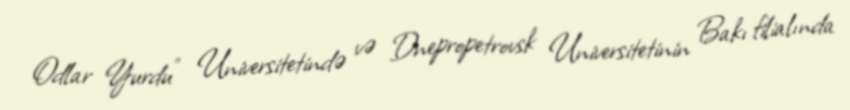
Odlar Yurdu" Universitetində və Dnepropetrovsk Universitetinin Bakı filialında